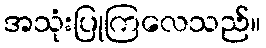
အသုံးပြုကြလေသည်။